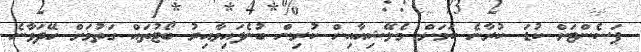
ޕަސެންޓަށް ކުޑަ ކުރާނެ ކަމަށް މެލޭޝިއާއިން ކުރިން ބުނެފައިވާއިރު ބޯޓުތައް ގަތުމަށް ހޭދަވާނެ